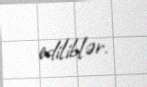
ediliblər.